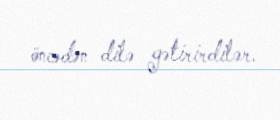
öncədən dilə gətirirdilər.